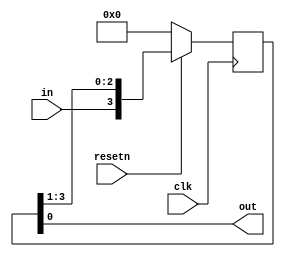
module top_module (
    input clk,
    input resetn,   // synchronous reset
    input in,
    output out);
    
    reg [3:0] r;
    
    always @(posedge clk) begin
        if(!resetn)
            r <= 0;
        else
            r <= {in, r[3], r[2], r[1]};
    end

    assign out = r[0];
endmodule